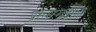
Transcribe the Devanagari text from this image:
प्रस्तरखंडाला